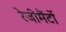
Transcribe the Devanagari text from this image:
रेजीमैंटों